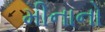
મીનાનો